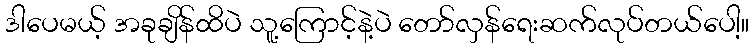
ဒါပေမယ့် အခုချိန်ထိပဲ သူ့ကြောင့်နဲ့ပဲ တော်လှန်ရေးဆက်လုပ်တယ်ပေါ့။